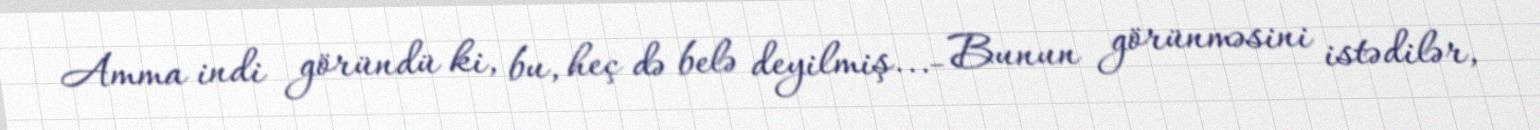
Amma indi göründü ki, bu, heç də belə deyilmiş...- Bunun görünməsini istədilər,